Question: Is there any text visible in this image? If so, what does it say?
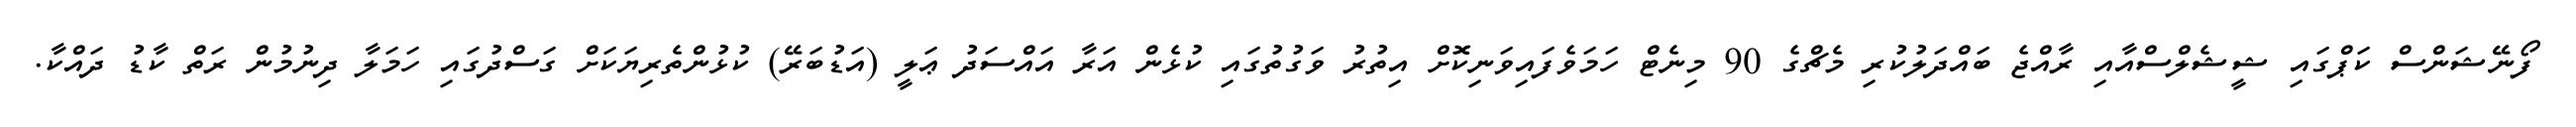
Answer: ފޯނޭޝަންސް ކަޕްގައި ޝީޝެލްސްއާއި ރާއްޖެ ބައްދަލުކުރި މެޗްގެ 90 މިނެޓް ހަމަވެފައިވަނިކޮށް އިތުރު ވަގުތުގައި ކުޅެން އަރާ އައްސަދު ޢަލީ (އަޑުބަރޭ) ކުޅުންތެރިޔަކަށް ގަސްދުގައި ހަމަލާ ދިނުމުން ރަތް ކާޑު ދައްކާ.